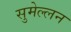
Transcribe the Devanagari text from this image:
सुमेल्लन